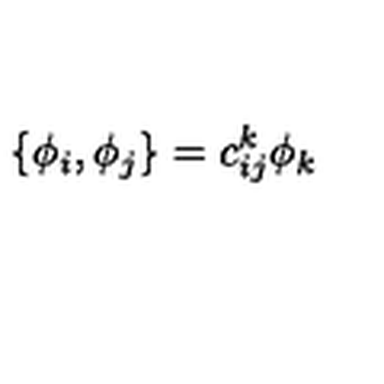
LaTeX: \{ \phi _ { i } , \phi _ { j } \} = c _ { i j } ^ { k } \phi _ { k }